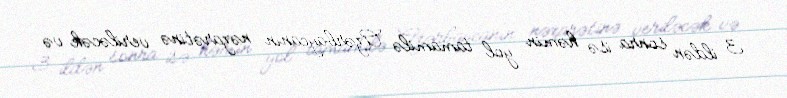
3 ildən sonra isə həmin yol tamamilə Azərbaycanın nəzarətinə veriləcək və